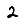
Digit: 2